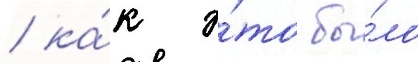
/ ка́к э́то бы́ло